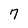
Character: 7